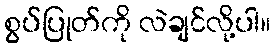
စွပ်ပြုတ်ကို လဲချင်လို့ပါ။